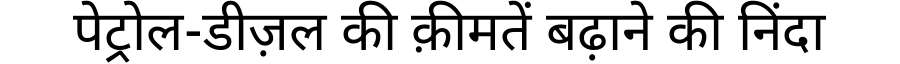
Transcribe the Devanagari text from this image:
पेट्रोल-डीज़ल की क़ीमतें बढ़ाने की निंदा